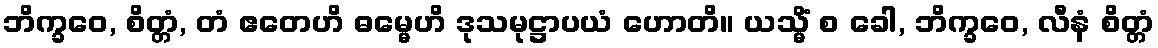
ဘိက္ခဝေ, စိတ္တံ, တံ ဧတေဟိ ဓမ္မေဟိ ဒုသမုဋ္ဌာပယံ ဟောတိ။ ယသ္မိံ စ ခေါ, ဘိက္ခဝေ, လီနံ စိတ္တံ